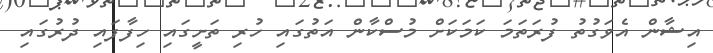
އިޝާން އެވަގުތު ފުރަތަމަ ކަމަކަށް މުސްކާން އަތުގައި ހުރި ތަށީގައި ހިފާފައި ދުރުގައި